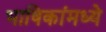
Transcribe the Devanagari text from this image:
भाषिकांमध्ये